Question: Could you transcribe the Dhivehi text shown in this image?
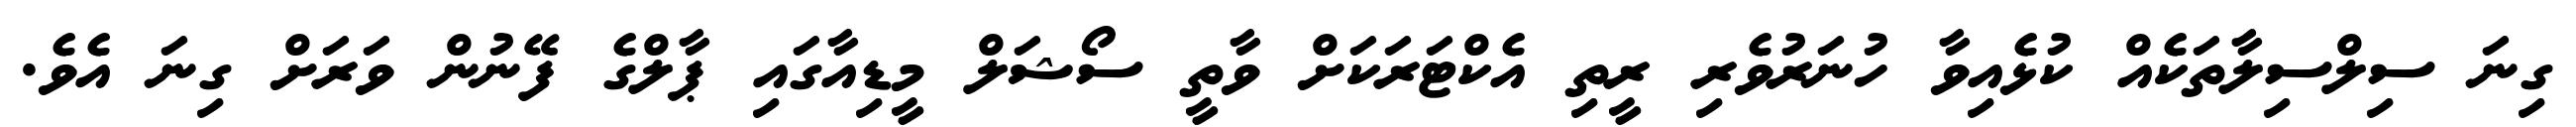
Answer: ގިނަ ސިލްސިލާތަކެއް ކުޅެއިވާ ހުނަރުވެރި ރީތި އެކްޓަރަކަށް ވާތީ ސޯޝަލް މީޑިއާގައި ޕާލްގެ ފޭނުން ވަރަށް ގިނަ އެވެ.